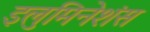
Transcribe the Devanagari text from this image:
इलुमिनेशंस